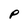
Character: P